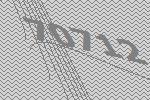
70712